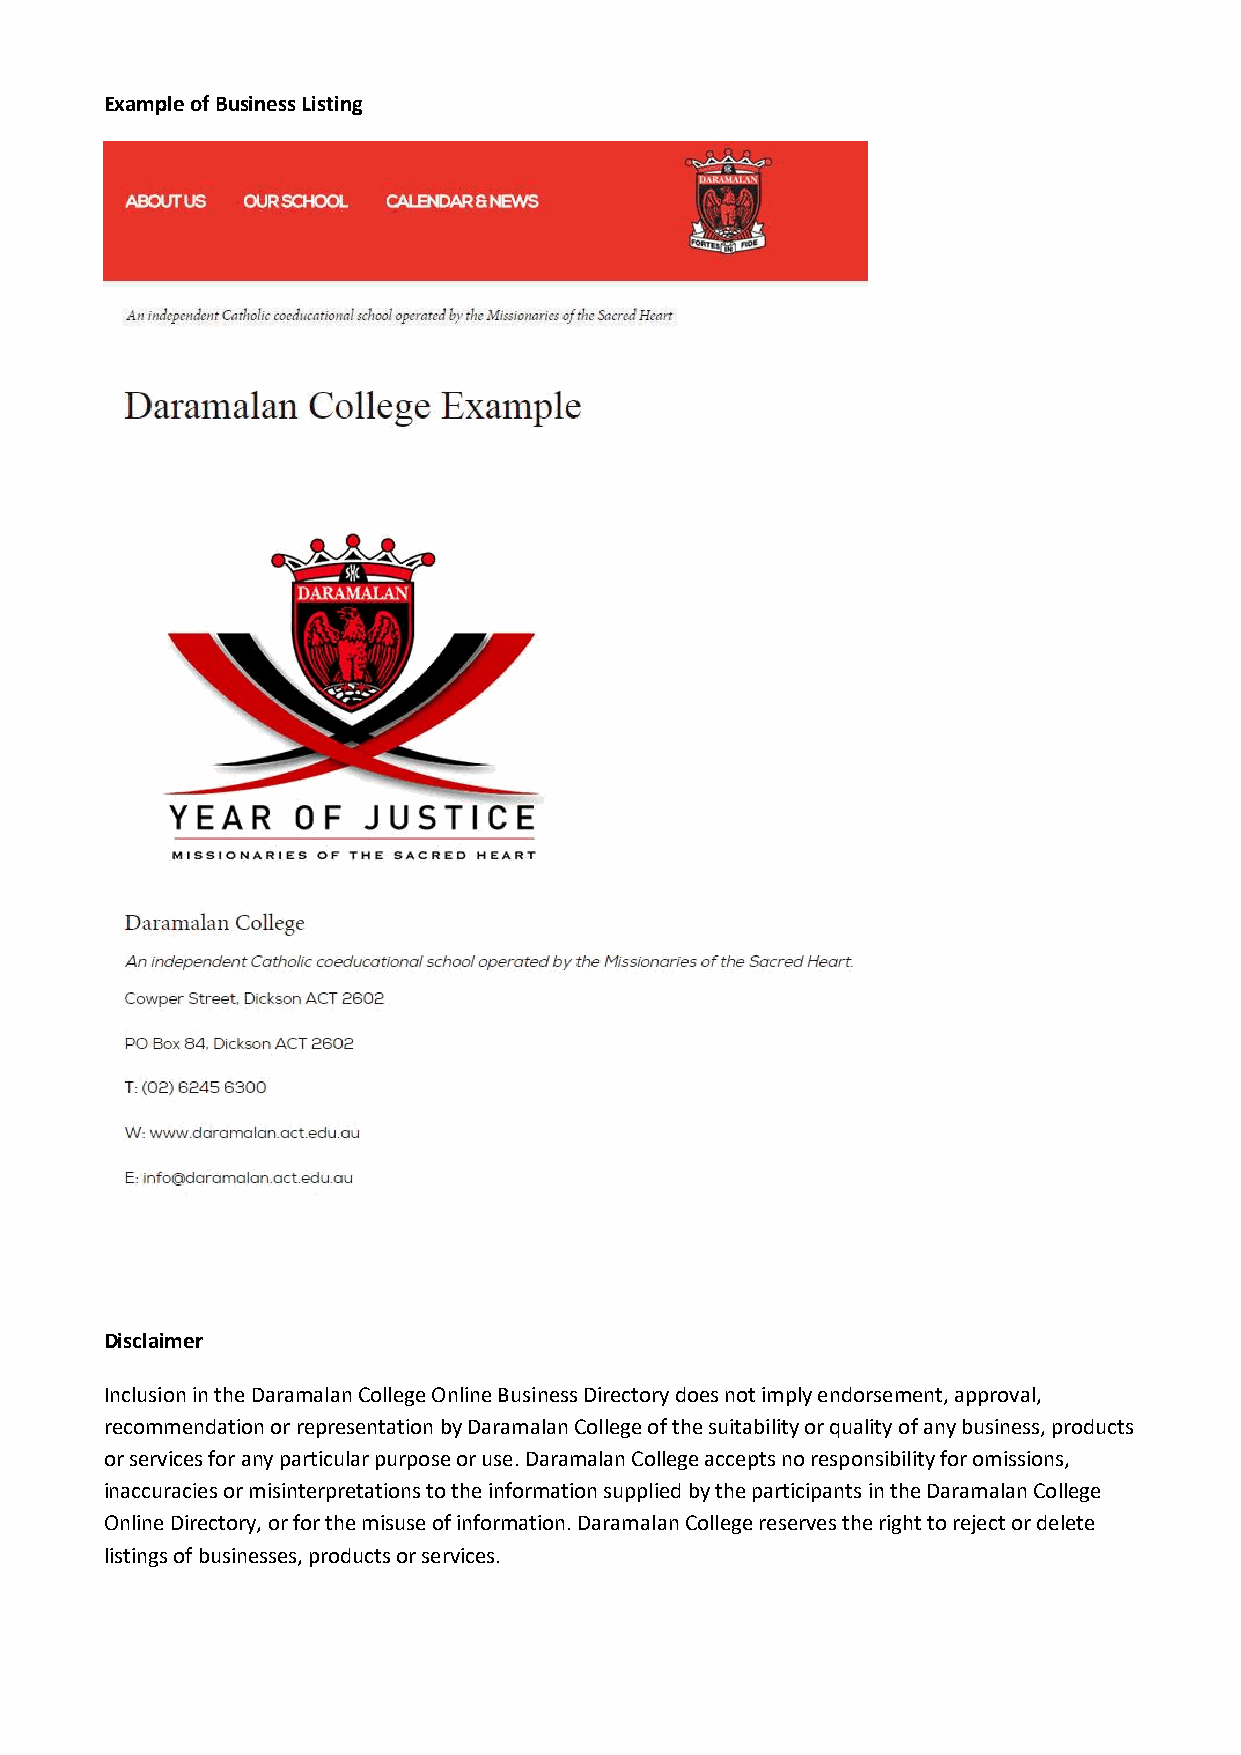
Example of Business Listing
 Disclaimer
 Inclusion in the Daramalan College Online Business Directory does not imply endorsement, approval,
 recommendation or representation by Daramalan College of the suitability or quality of any business, products
 or services for any particular purpose or use. Daramalan College accepts no responsibility for omissions,
 inaccuracies or misinterpretations to the information supplied by the participants in the Daramalan College
 Online Directory, or for the misuse of information. Daramalan College reserves the right to reject or delete
 listings of businesses, products or services.